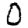
Digit: 0